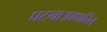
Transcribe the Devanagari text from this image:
घटनाआधारित